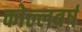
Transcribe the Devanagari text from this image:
कोल्लवर्ष